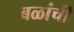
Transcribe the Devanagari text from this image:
बळांची